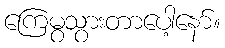
ကြေမွသွားတာပေါ့နော်။